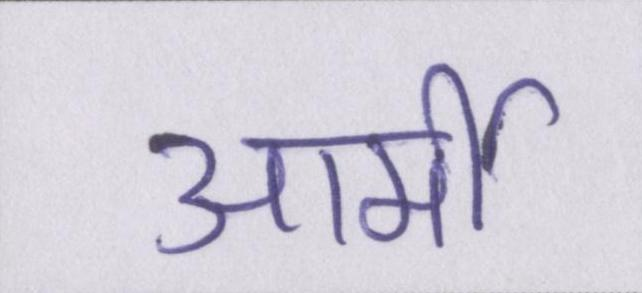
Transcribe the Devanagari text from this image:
आर्मी